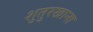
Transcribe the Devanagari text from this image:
शुतुरखाना